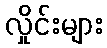
လှိုင်းများ